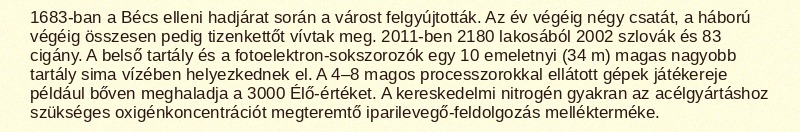
1683-ban a Bécs elleni hadjárat során a várost felgyújtották. Az év végéig négy csatát, a háború végéig összesen pedig tizenkettőt vívtak meg. 2011-ben 2180 lakosából 2002 szlovák és 83 cigány. A belső tartály és a fotoelektron-sokszorozók egy 10 emeletnyi (34 m) magas nagyobb tartály sima vízében helyezkednek el. A 4–8 magos processzorokkal ellátott gépek játékereje például bőven meghaladja a 3000 Élő-értéket. A kereskedelmi nitrogén gyakran az acélgyártáshoz szükséges oxigénkoncentrációt megteremtő iparilevegő-feldolgozás mellékterméke.